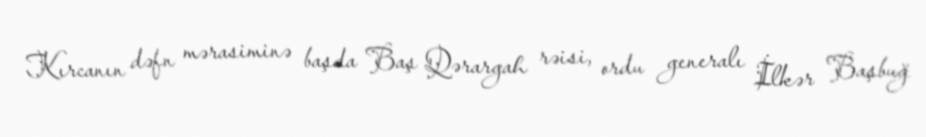
Kırcanın dəfn mərasiminə başda Baş Qərargah rəisi, ordu generalı İlkər Başbuğ